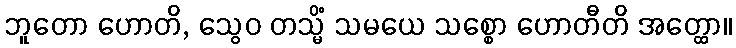
ဘူတော ဟောတိ, သွေဝ တသ္မိံ သမယေ သစ္စော ဟောတီတိ အတ္ထော။